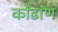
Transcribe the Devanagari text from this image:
कोंढाण